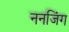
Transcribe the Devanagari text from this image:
ननजिंग